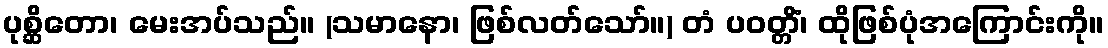
ပုစ္ဆိတော၊ မေးအပ်သည်။ (သမာနော၊ ဖြစ်လတ်သော်။) တံ ပဝတ္တိံ၊ ထိုဖြစ်ပုံအကြောင်းကို။